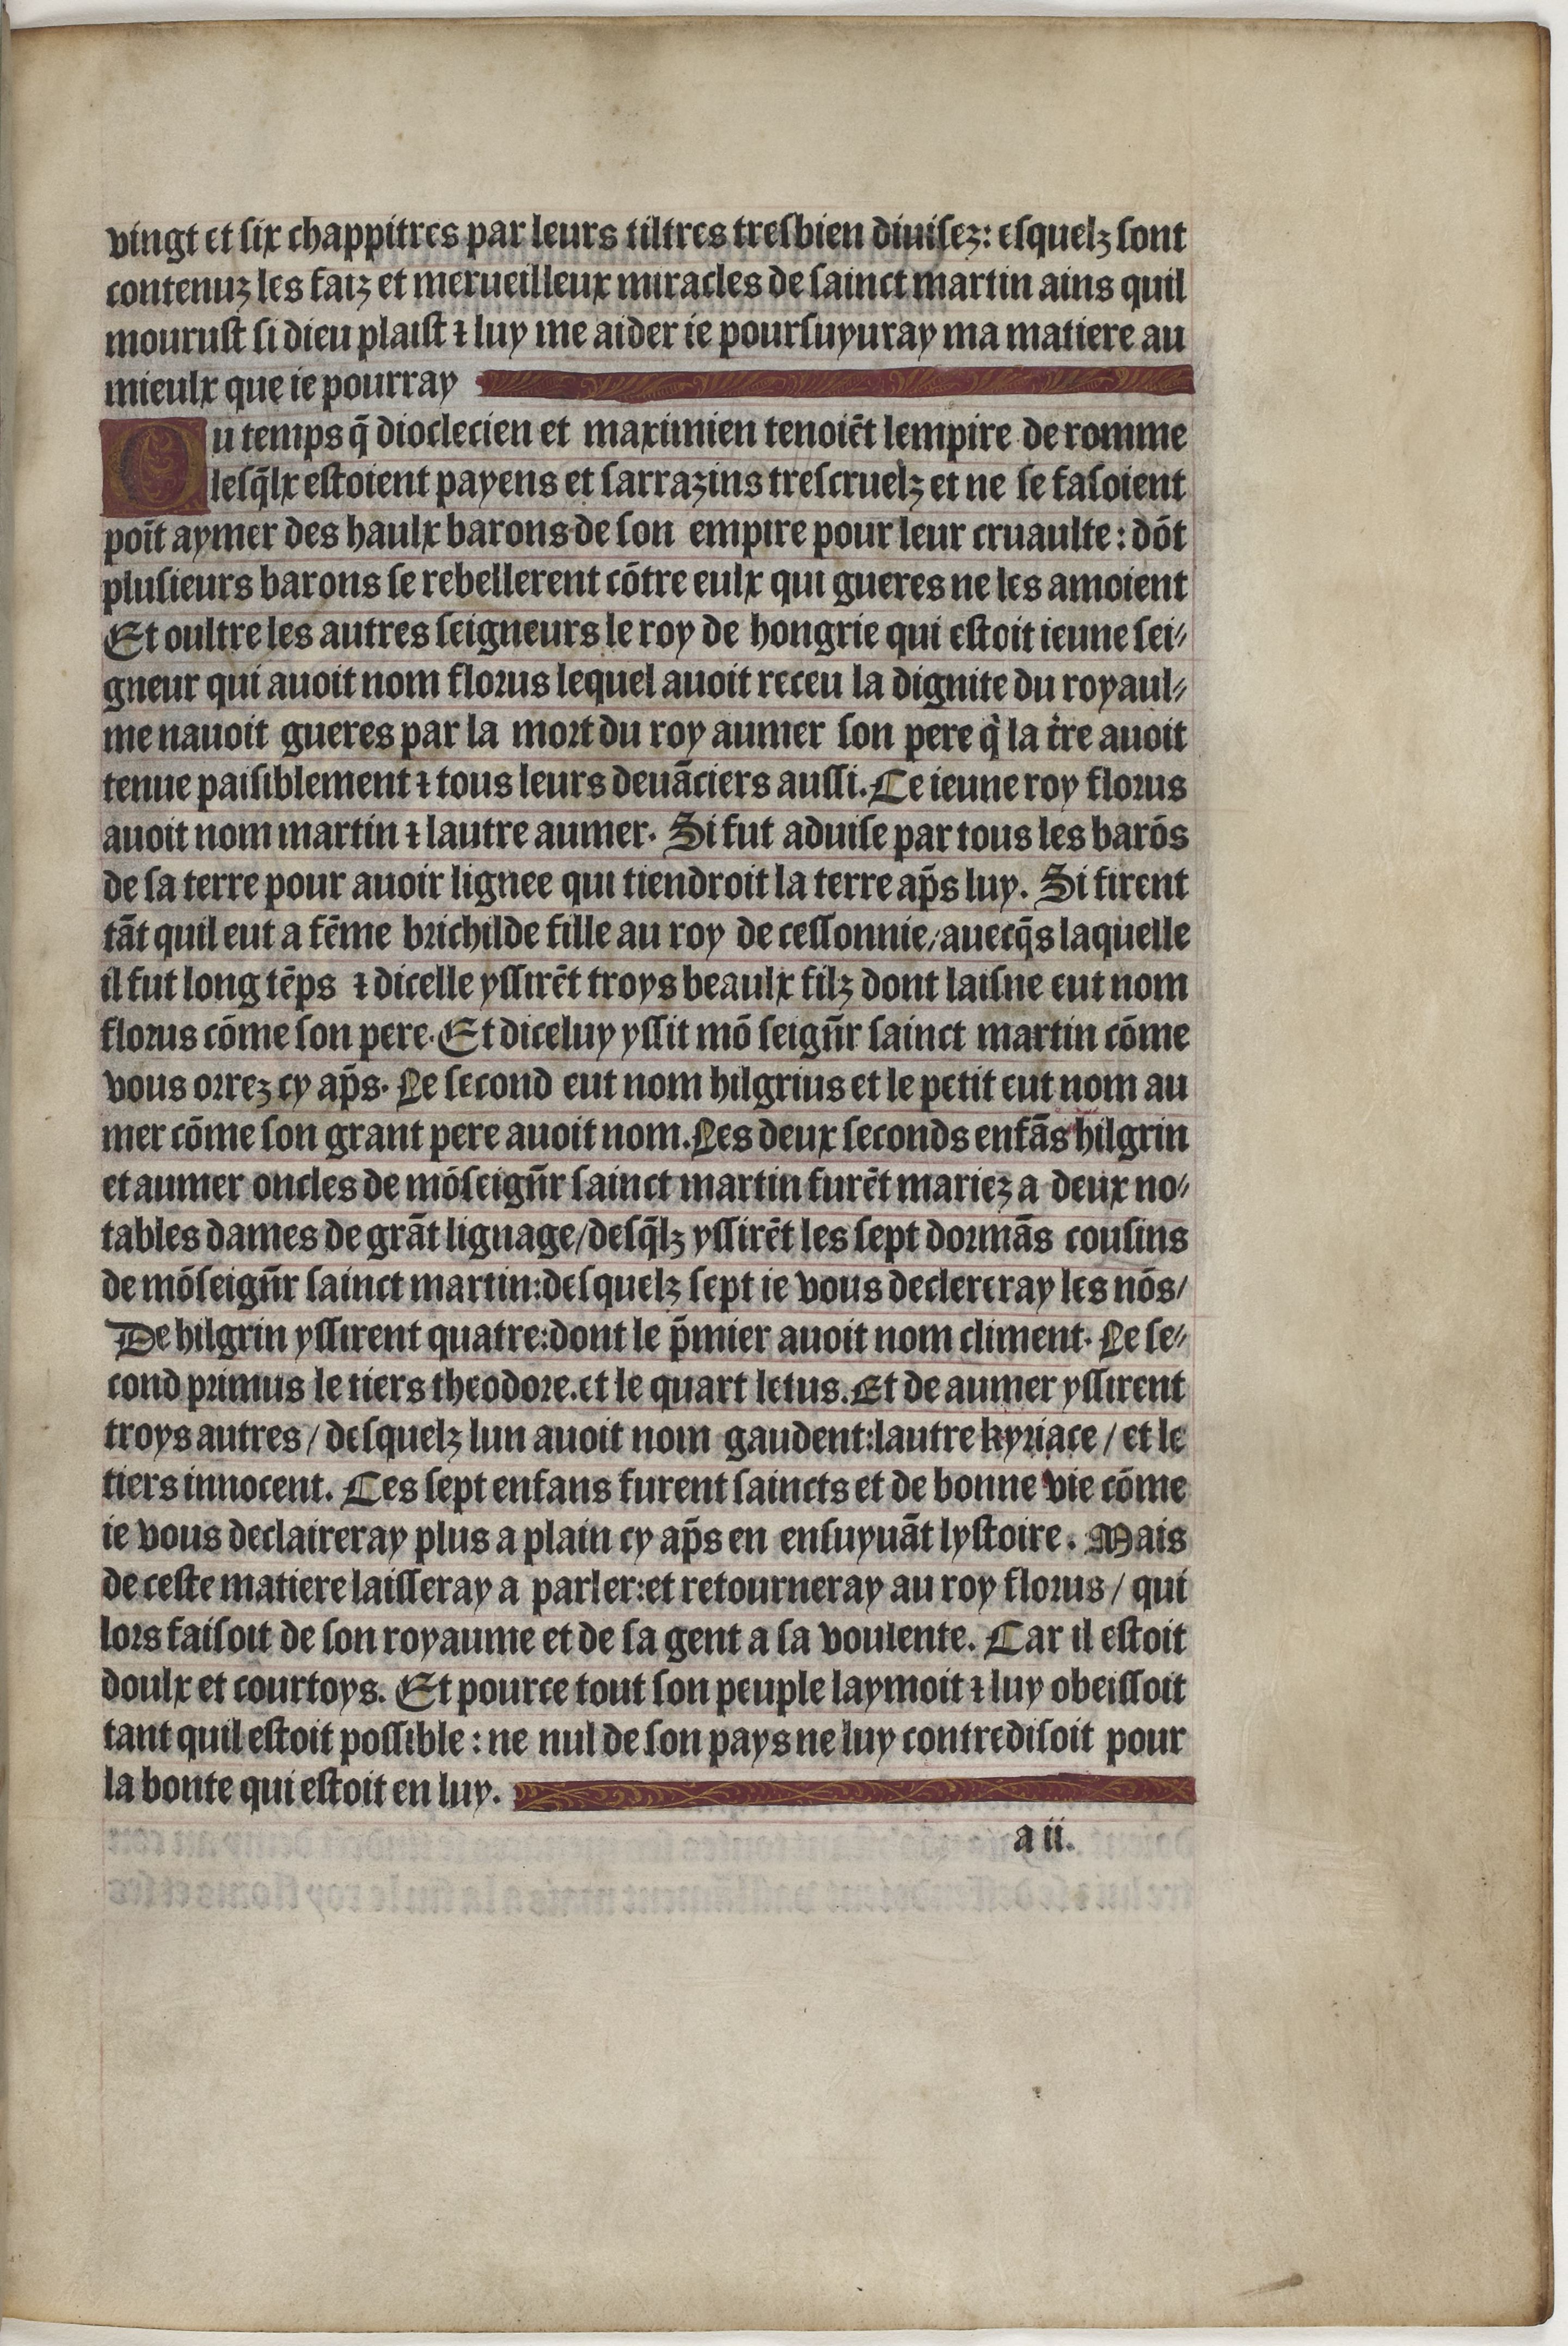
Shelfmark: Paris, BnF, Velins 1159
Century: 15